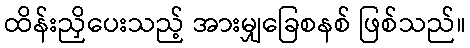
ထိန်းညှိပေးသည့် အားမျှခြေစနစ် ဖြစ်သည်။